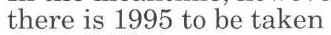
there is 1995 to be taken